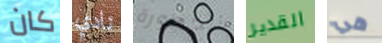
كان نادي الخطورة القدير هي